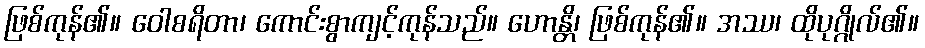
ဖြစ်ကုန်၏။ ဝေါစရိတာ၊ ကောင်းစွာကျင့်ကုန်သည်။ ဟောန္တိ၊ ဖြစ်ကုန်၏။ အဿ၊ ထိုပုဂ္ဂိုလ်၏။